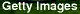
Getty Images